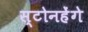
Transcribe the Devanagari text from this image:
स्टोनहेंगे